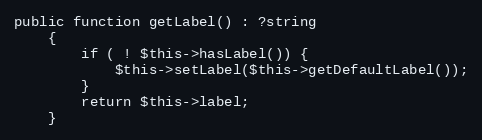
Language: PHP
public function getLabel() : ?string
    {
        if ( ! $this->hasLabel()) {
            $this->setLabel($this->getDefaultLabel());
        }
        return $this->label;
    }